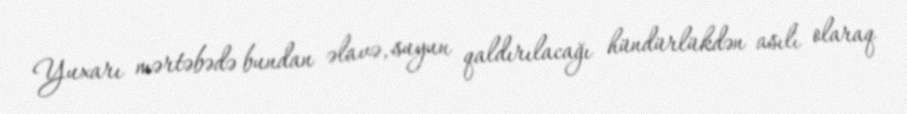
Yuxarı mərtəbədə bundan əlavə, suyun qaldırılacağı hündürlükdən asılı olaraq